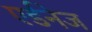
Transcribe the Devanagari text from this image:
एर्डनेज